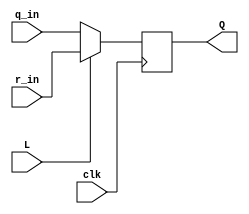
module top_module (
    input                   clk ,
    input                   L   ,
    input                   r_in,
    input                   q_in,
    output  reg             Q
);

    always @ (posedge clk) begin
        if (L)  Q <= r_in;
        else    Q <= q_in;
    end

endmodule